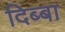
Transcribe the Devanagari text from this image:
दिब्बा